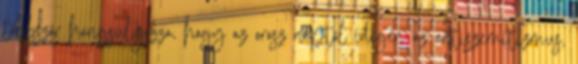
többször hangsúlyozza, hogy az orosz néptől idegen az antiszemitizmus,